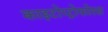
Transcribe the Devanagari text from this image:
काइटोप्ट्रोफोरस